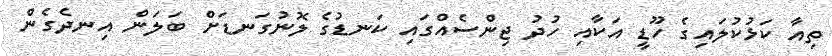
ތިއާ ކަޅުކުލައިގެ ހޫޑީ އަކާއި ހުދު ޖިންސެއްގައި ކަނޑުގެ ލޮނުގަނޑަށް ބަލަން އިނދެގެން